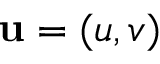
{ \bf u } = ( u , v )